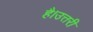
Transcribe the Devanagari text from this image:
है।उत्तरी